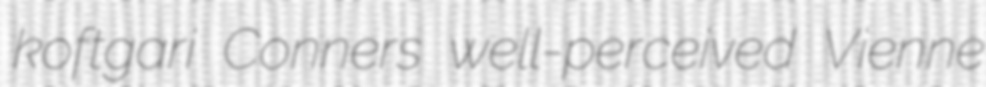
koftgari Conners well-perceived Vienne